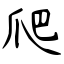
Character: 爬